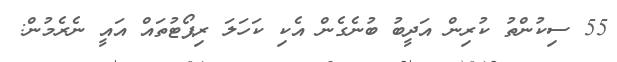
55 ސިކުންތު ކުރިން އަދީބު ބުނެގެން އެކި ކަހަލަ ރިޕޯޓުތައް އައީ ނެރެމުން: